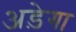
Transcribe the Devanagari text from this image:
अड़ेगा